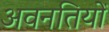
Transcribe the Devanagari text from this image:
अवनतियों